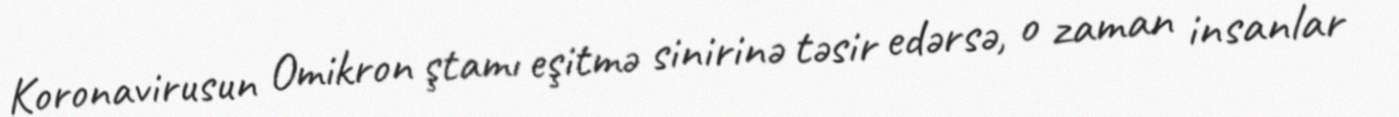
Koronavirusun Omikron ştamı eşitmə sinirinə təsir edərsə, o zaman insanlar